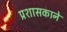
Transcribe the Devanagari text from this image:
प्रशासकाने